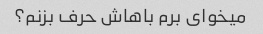
میخوای برم باهاش ​​حرف بزنم؟